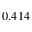
0 . 4 1 4